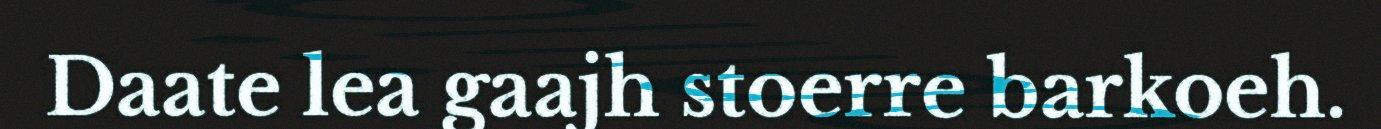
Daate lea gaajh stoerre barkoeh.